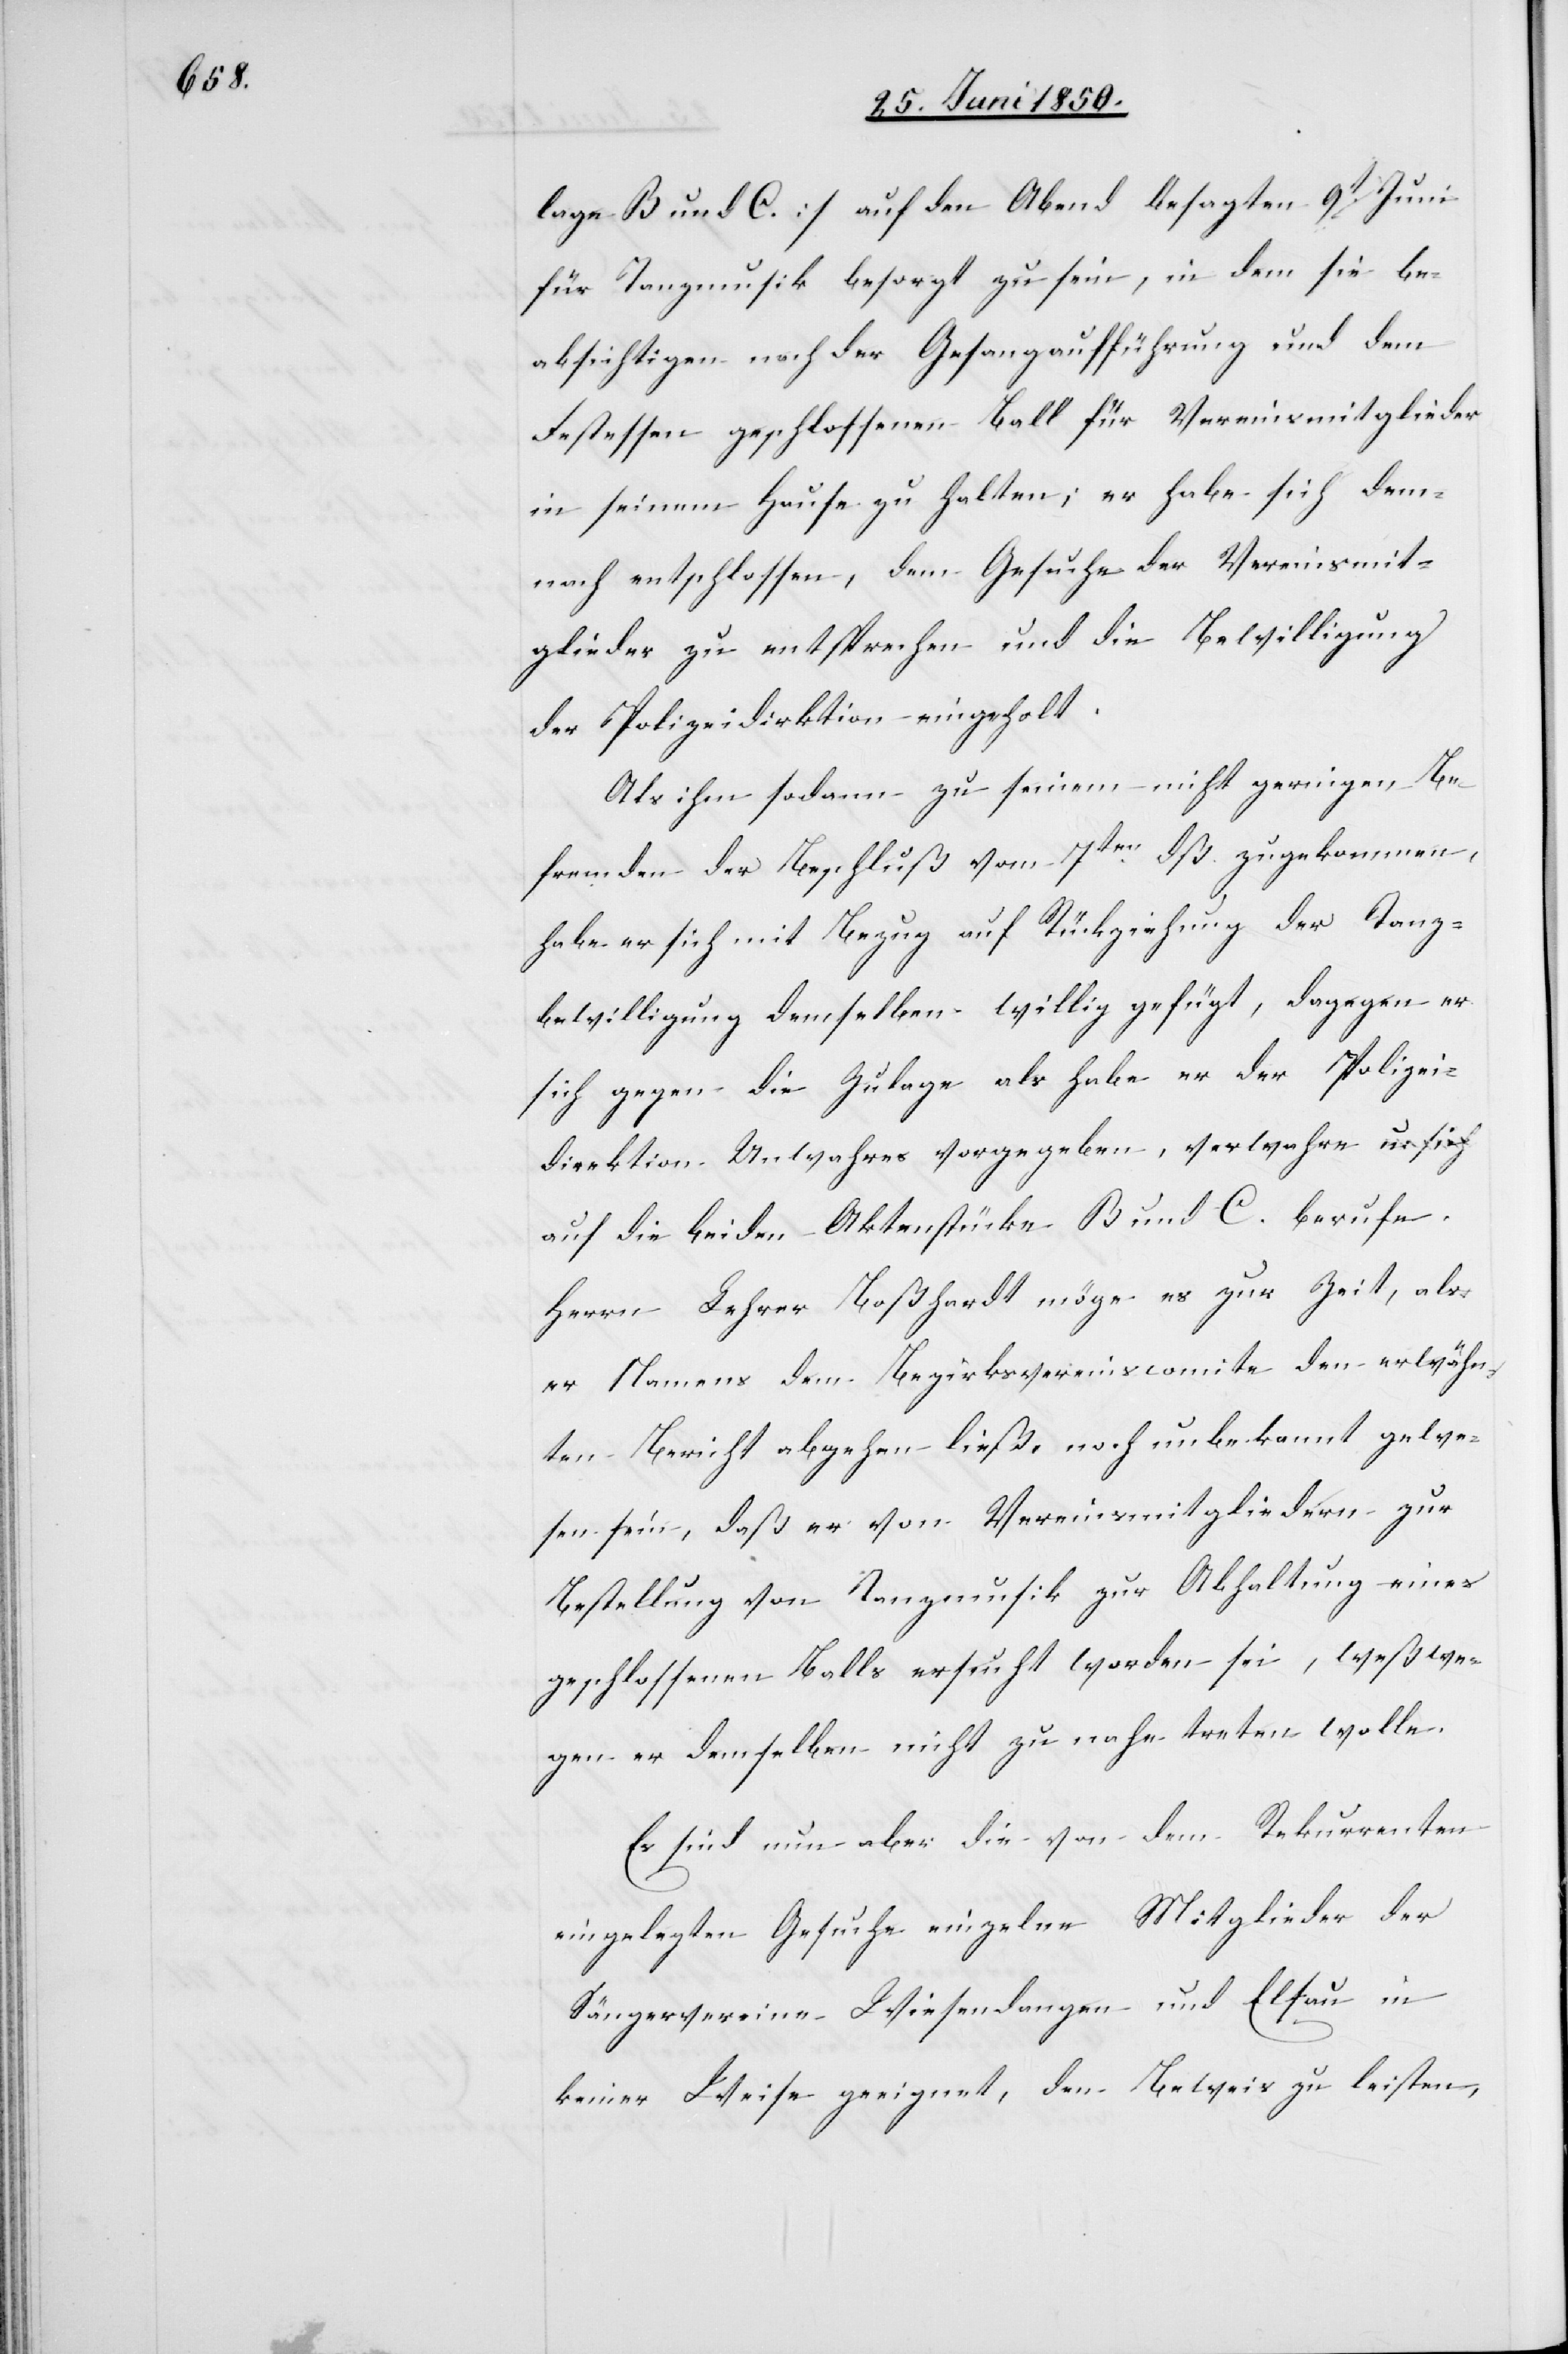
lage B und C.] auf den Abend besagten 9t Juni
für Tanzmusik besorgt zu sein, in dem sie be¬
absichtigen nach der Gesangaufführung und dem
Festessen geschlossenen Ball für Vereinsmitglieder
in seinem Hause zu halten; er habe sich dem¬
nach entschlossen, dem Gesuche der Vereinsmit¬
glieder zu entsprechen und die Bewilligung
der Polizeidir[e]ktion eingeholt.
Als ihm sodann zu seinem nicht geringen Be¬
fremden der Beschluß vom 7ten dß. zugekommen,
habe er sich mit Bezug auf Rückziehung der Tanz¬
bewilligung demselben willig gefügt, dagegen er
sich gegen die Zulage als habe er der Polizei¬
direktion Unwahres vorgegeben, verwahre u: sich
auf die beiden Aktenstücke B und C. berufe.
Herrn Lehrer Boßhardt möge es zur Zeit, als
er Namens dem Bezirksvereinscomite den erwähn¬
ten Bericht abgehen ließ, noch unbekannt gewe¬
sen sein, daß er von Vereinsmitgliedern zur
Bestellung von Tanzmusik zur Abhaltung eines
geschlossenen Balls ersucht worden sei, weßwe¬
gen er demselben nicht zu nahe treten wolle.
Es sind nun aber die von dem Rekurrenten
eingelegten Gesuche einzelne Mitglieder der
Sängervereine Wiesendangen und Elsau in
keiner Weise geeignet, den Beweis zu leisten,